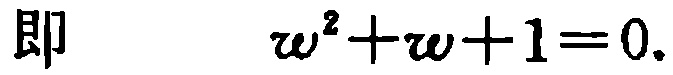
即 $\omega^{2}+\omega + 1 = 0.$